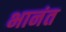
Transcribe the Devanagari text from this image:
भानंत